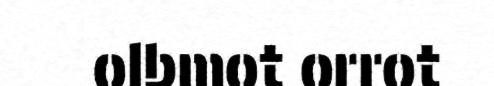
olbmot orrot